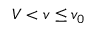
V < v \leq v _ { 0 }